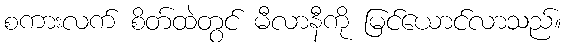
စကားလက် စိတ်ထဲတွင် မီလာနီကို မြင်ယောင်လာသည်။